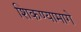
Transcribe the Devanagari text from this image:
शिकण्यामागे